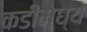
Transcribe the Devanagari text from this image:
कडीमध्ये